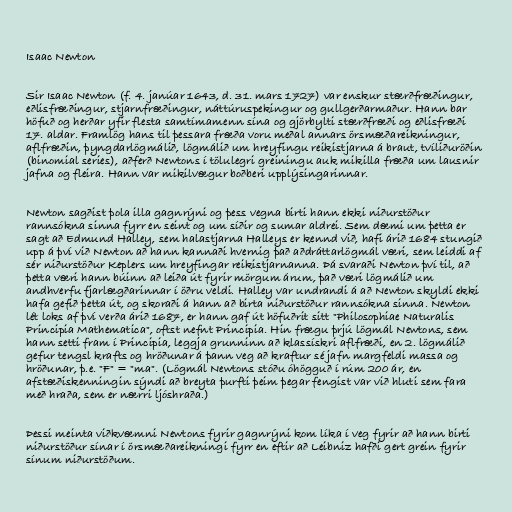
Isaac Newton

Sir Isaac Newton (f. 4. janúar 1643, d. 31. mars 1727) var enskur stærðfræðingur,
eðlisfræðingur, stjarnfræðingur, náttúruspekingur og gullgerðarmaður. Hann bar
höfuð og herðar yfir flesta samtímamenn sína og gjörbylti stærðfræði og eðlisfræði
17. aldar. Framlög hans til þessara fræða voru meðal annars örsmæðareikningur,
aflfræðin, þyngdarlögmálið, lögmálið um hreyfingu reikistjarna á braut, tvíliðuröðin
(binomial series), aðferð Newtons í tölulegri greiningu auk mikilla fræða um lausnir
jafna og fleira. Hann var mikilvægur boðberi upplýsingarinnar.

Newton sagðist þola illa gagnrýni og þess vegna birti hann ekki niðurstöður
rannsókna sinna fyrr en seint og um síðir og sumar aldrei. Sem dæmi um þetta er
sagt að Edmund Halley, sem halastjarna Halleys er kennd við, hafi árið 1684 stungið
upp á því við Newton að hann kannaði hvernig það aðdráttarlögmál væri, sem leiddi af
sér niðurstöður Keplers um hreyfingar reikistjarnanna. Þá svaraði Newton því til, að
þetta væri hann búinn að leiða út fyrir mörgum árum, það væri lögmálið um
andhverfu fjarlægðarinnar í öðru veldi. Halley var undrandi á að Newton skyldi ekki
hafa gefið þetta út, og skoraði á hann að birta niðurstöður rannsókna sinna. Newton
lét loks af því verða árið 1687, er hann gaf út höfuðrit sitt "Philosophiae Naturalis
Principia Mathematica", oftst nefnt Principia. Hin frægu þrjú lögmál Newtons, sem
hann setti fram í Principia, leggja grunninn að klassískri aflfræði, en 2. lögmálið
gefur tengsl krafts og hröðunar á þann veg að kraftur sé jafn margfeldi massa og
hröðunar, þ.e. "F" = "ma". (Lögmál Newtons stóðu óhögguð í rúm 200 ár, en
afstæðiskenningin sýndi að breyta þurfti þeim þegar fengist var við hluti sem fara
með hraða, sem er nærri ljóshraða.)

Þessi meinta viðkvæmni Newtons fyrir gagnrýni kom líka í veg fyrir að hann birti
niðurstöður sínar í örsmæðareikningi fyrr en eftir að Leibniz hafði gert grein fyrir
sínum niðurstöðum.